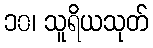
၁၀၊ သူရိယသုတ်